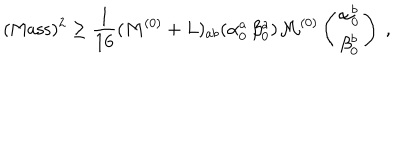
LaTeX: ( \mathrm { M a s s } ) ^ { 2 } \geq { \frac { 1 } { 1 6 } } ( M ^ { ( 0 ) } + L ) _ { a b } ( \alpha _ { 0 } ^ { a } \, \beta _ { 0 } ^ { a } ) { \cal M } ^ { ( 0 ) } \left( \begin{matrix} { { \alpha _ { 0 } ^ { b } } } \\ { { \beta _ { 0 } ^ { b } } } \\ \end{matrix} \right) ~ ,